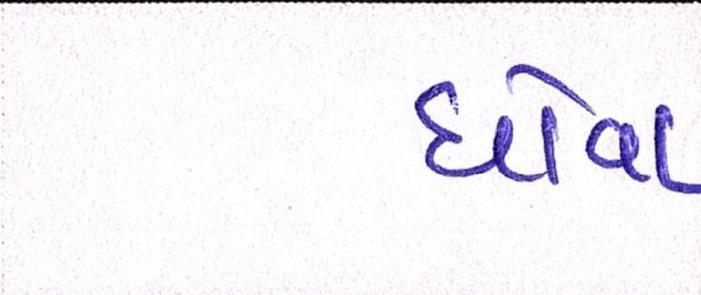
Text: ધોવા